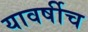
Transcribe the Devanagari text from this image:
यावर्षीच